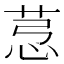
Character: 𦯡